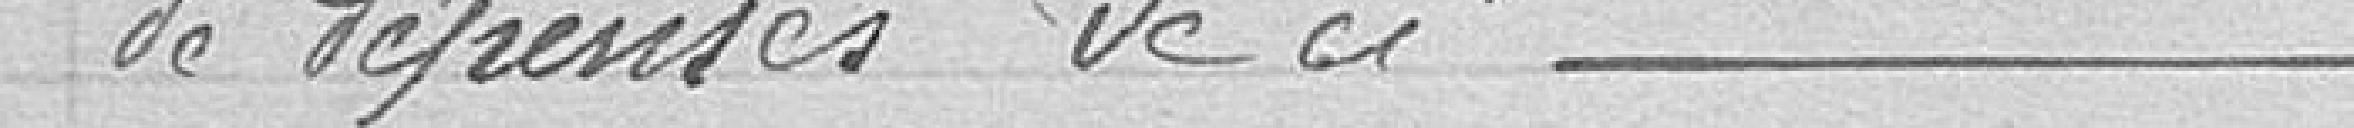
de dépenses de ci